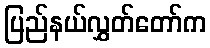
ပြည်နယ်လွှတ်တော်က